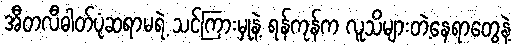
အီတလီဓါတ်ပုံဆရာမရဲ့ သင်ကြားမှုနဲ့ ရန်ကုန်က လူသိများတဲ့နေရာတွေနဲ့